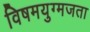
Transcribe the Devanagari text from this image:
विषमयुग्मजता